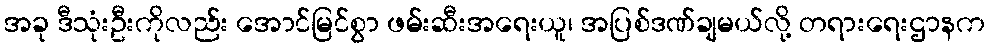
အခု ဒီသုံးဦးကိုလည်း အောင်မြင်စွာ ဖမ်းဆီးအရေးယူ၊ အပြစ်ဒဏ်ချမယ်လို့ တရားရေးဌာနက